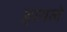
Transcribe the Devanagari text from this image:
हायले